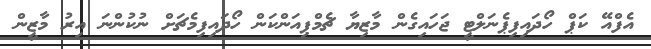
އެފްއޭ ކަޕް ހޯދައިފިޕެނަލްޓީ ޖަހައިގެން މާޒިޔާ ޗެމްޕިއަންކަން ހޯދައިފިމެޗަށް ނުކުންނަ އިރު މާޒީން